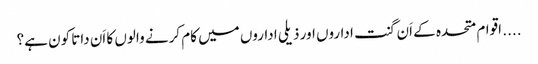
.... اقوام متحدہ کے اَن گنت اداروں اور ذیلی اداروں میں کام کرنے والوں کا اَن داتا کون ہے؟